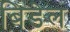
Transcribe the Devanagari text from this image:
बिडेल